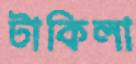
টাকিলা